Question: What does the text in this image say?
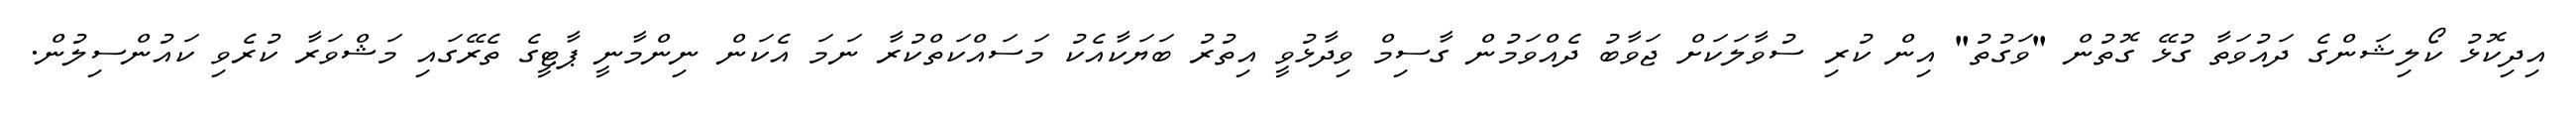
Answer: އިދިކޮޅު ކޯލިޝަންގެ ދައުވަތާ ގުޅޭ ގޮތުން "ވަގުތު" އިން ކުރި ސުވާލަކަށް ޖަވާބު ދެއްވަމުން ގާސިމް ވިދާޅުވީ އިތުރު ބަޔަކާއެކު މަސައްކަތްކުރާ ނަމަ އެކަން ނިންމާނީ ޕާޓީގެ ތެރޭގައި މަޝްވަރާ ކުރެވި ކައުންސިލުން.